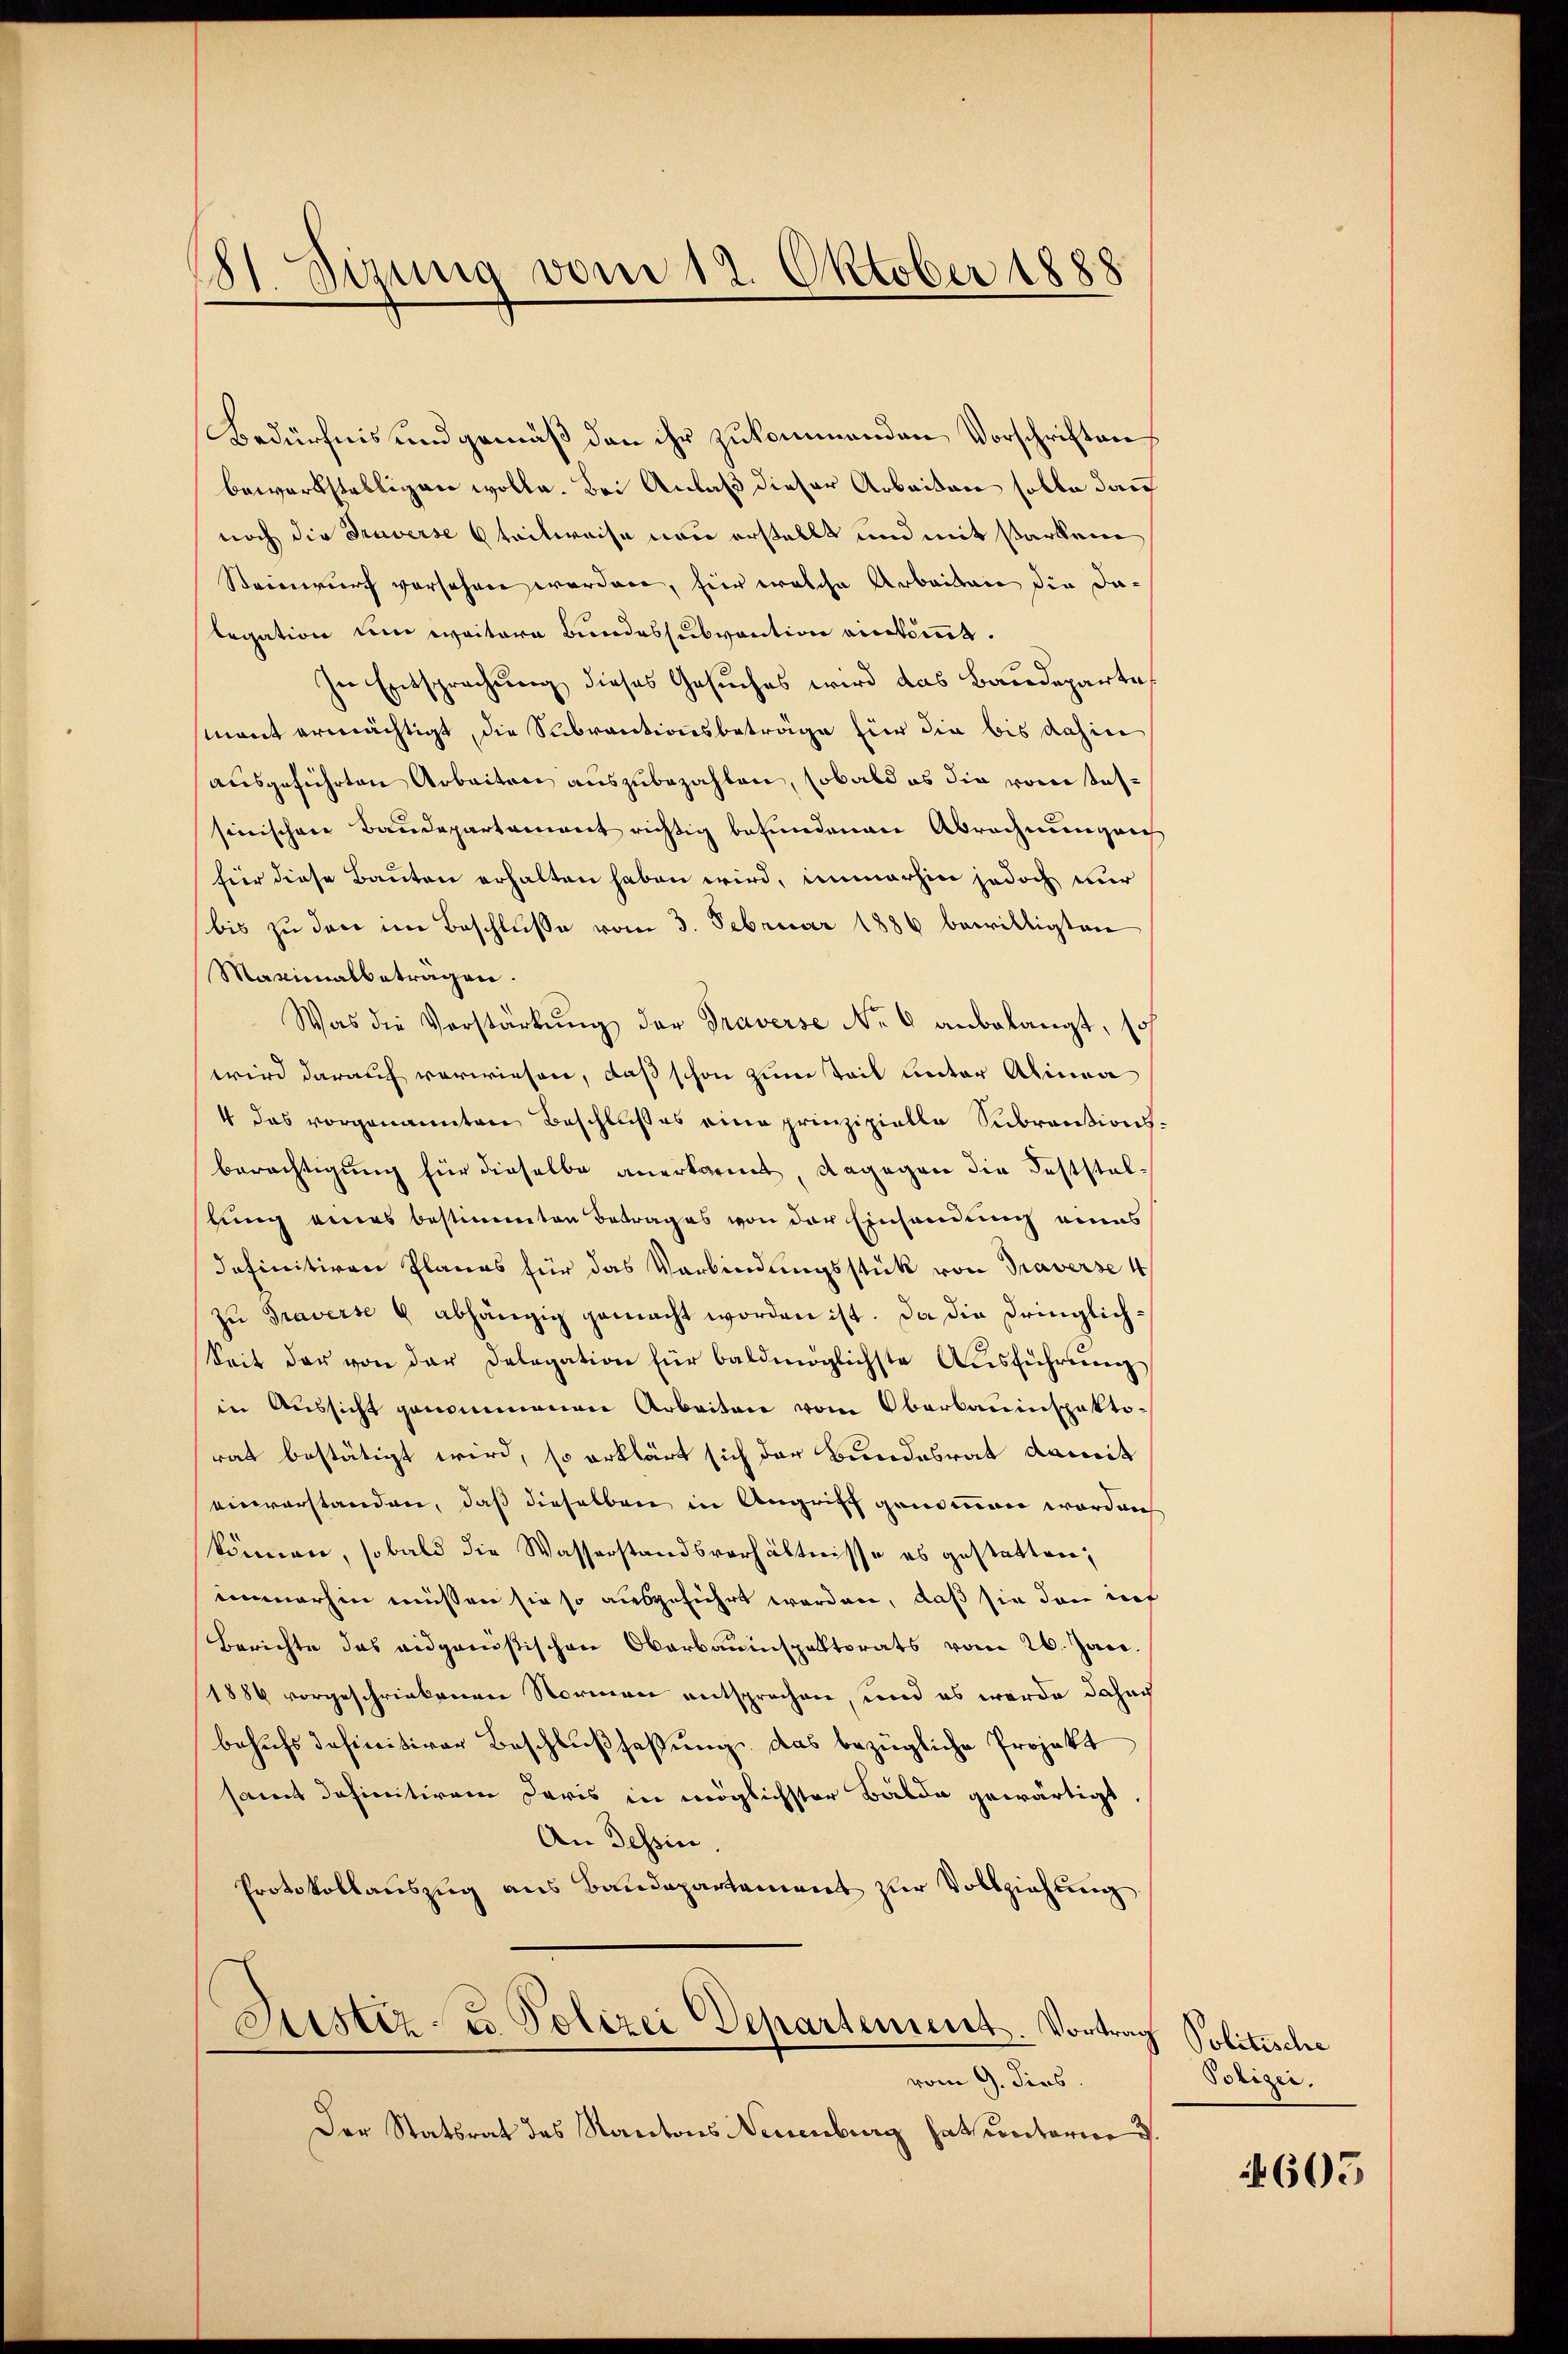
Sizung vom 12. Oktober 1888
d

Bedürfnis und gemäß den ihr zukommenden Vorschriften
bewerkstelligen wolle. Bei Anlaß dieser Arbeiten solle dan
noch die Traverse 6 teilweise neu erstellt und mit starken
Steinwurf vorsehen worden, für welche Arbeiten die dalegation um weitere Bundessubvention einkommt.
In Entsprechung dieses Gesuches wird das Baudeparte
mant ermächtigt, die Subventionsbeträge für die bis dahin
ausgeführten Arbeiten auszubezahlen, sobald es die vom Tassinischen Baudepartament richtig befundenen Abrechnungen
für diese Bauten erhalten haben wird, immerhin jedoch nur
bis zu den im Beschlusse vom 3. Februar 1886 bewilligten
Maximalbeträgen.
Was die Verstärkŭng der Traverse No 6 anbelangt, so
wird darauf verwiesen, daß schon zum Teil unter Alinea
4 das vorgenannten Beschlußes eine prinzipielle Subrantionsberechtigung für dieselbe anerkannt, dagegen die Feststelstung eines bestimmten Betrages von der Einsendung eines
Iefinitiven Planes für das Verbindungsstück von Traverse 4
zu Graverse & abhängig gemacht worden ist. Da die dringlich¬
Seit der von der Delegation für baldmöglichste Aŭsführŭng
in Aussicht genommenen Arbeiten vom Oberbauinspektorat bestätigt wird, so erklärt sich der Bundesrat damit
einverstanden, daß dieselben in Angriff genommen worden
können, sobald die Wasserstandsverhältnisse es gestatten;
immerhin müssen sie so ausgeführt worden, daß sie dann inf
Berichte das eidgastischen Oberbauinspaltorats vom 26. Jan.
1886 vorgeschriebenen Normen entsprochen, und es werde Jahac
behufs definitiver Beschlußfaßung das bezügliche Projekt
samt definitivem Daris in möglichster Bälde gewärtigt,
An Tessin.
Protokollauszug aus Baudepartement zur Vollziehung
Justiz- u. Polizei Departement. Vortrag Politische
vom 9. dies
Der Statsrat des Kantons Neuenburg hat unterne d

Polizei.

605